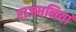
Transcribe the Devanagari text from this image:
राजधनियां